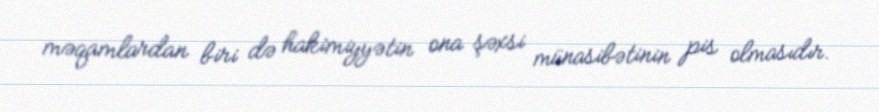
məqamlardan biri də hakimiyyətin ona şəxsi münasibətinin pis olmasıdır.